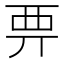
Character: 𧟦